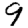
Digit: 9